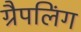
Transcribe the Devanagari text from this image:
ग्रैपलिंग